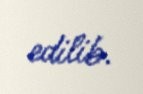
edilib.